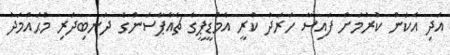
އަދި އެކަން ކުރުމަށް ފައިސާ ހަރަދު ކުރީ އެމްޑީޕީގެ ޗެއާޕާސަންގެ ދަނބިދަރި މުޙައްމަދު